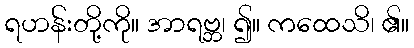
ရဟန်းတို့ကို။ အာရဗ္ဘ၊ ၍။ ကထေသိ၊ ၏။